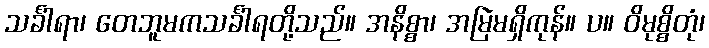
သင်္ခါရာ၊ တေဘူမကသင်္ခါရတို့သည်။ အနိစ္စာ၊ အမြဲမရှိကုန်။ ပ။ ဝိမုစ္စိတုံ၊